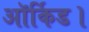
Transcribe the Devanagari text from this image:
ऑर्किड।